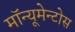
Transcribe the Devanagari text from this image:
मॉन्यूमेन्टोस